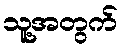
သူ့အတွက်